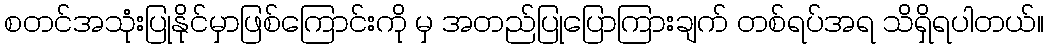
စတင်အသုံးပြုနိုင်မှာဖြစ်ကြောင်းကို မှ အတည်ပြုပြောကြားချက် တစ်ရပ်အရ သိရှိရပါတယ်။